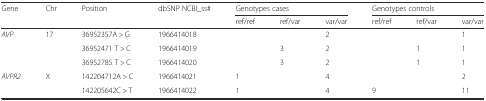
<table><thead><tr><td rowspan="2"><b>Gene</b></td><td rowspan="2"><b>Chr</b></td><td rowspan="2"><b>Position</b></td><td rowspan="2"><b>dbSNP NCBI_ss#</b></td><td colspan="3"><b>Genotypes cases</b></td><td colspan="3"><b>Genotypes controls</b></td></tr><tr><td><b>ref/ref</b></td><td><b>ref/var</b></td><td><b>var/var</b></td><td><b>ref/ref</b></td><td><b>ref/var</b></td><td><b>var/var</b></td></tr></thead><tbody><tr><td rowspan="3"><i>AVP</i></td><td rowspan="3">17</td><td>36952357A &gt; G</td><td>1966414018</td><td></td><td></td><td>2</td><td></td><td></td><td>1</td></tr><tr><td>36952471 T &gt; C</td><td>1966414019</td><td></td><td>3</td><td>2</td><td></td><td>1</td><td>1</td></tr><tr><td>36952785 T &gt; C</td><td>1966414020</td><td></td><td>3</td><td>2</td><td></td><td>1</td><td>1</td></tr><tr><td rowspan="2"><i>AVPR2</i></td><td rowspan="2">X</td><td>142204712A &gt; C</td><td>1966414021</td><td>1</td><td></td><td>4</td><td></td><td></td><td>2</td></tr><tr><td>142205642C &gt; T</td><td>1966414022</td><td>1</td><td></td><td>4</td><td>9</td><td></td><td>11</td></tr></tbody></table>